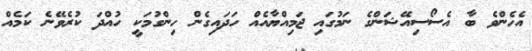
އެހެންވެ ބާ އެސޯސިއޭޝަންގެ ނަމުގައި ޖަމިއްޔާއެއް ހަދައިގެން ހިންގުމަކީ ހުއްދަ ކުރެވޭނެ ކަމެއް